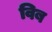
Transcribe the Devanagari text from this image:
विब